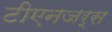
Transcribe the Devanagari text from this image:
टीएनजर्स